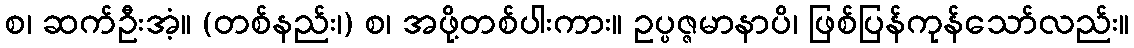
စ၊ ဆက်ဦးအံ့။ (တစ်နည်း၊) စ၊ အဖို့တစ်ပါးကား။ ဥပ္ပဇ္ဇမာနာပိ၊ ဖြစ်ပြန်ကုန်သော်လည်း။